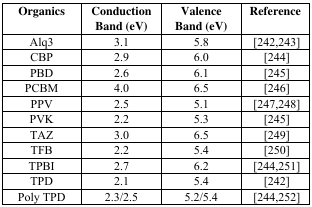
| Organics | Conduction Band (eV) | Valence Band (eV) | Reference |
 | --- | --- | --- | --- |
 | Alq3 | 3.1 | 5.8 | [242,243] |
 | CBP | 2.9 | 6.0 | [244] |
 | PBD | 2.6 | 6.1 | [245] |
 | PCBM | 4.0 | 6.5 | [246] |
 | PPV | 2.5 | 5.1 | [247,248] |
 | PVK | 2.2 | 5.3 | [245] |
 | TAZ | 3.0 | 6.5 | [249] |
 | TFB | 2.2 | 5.4 | [250] |
 | TPBI | 2.7 | 6.2 | [244,251] |
 | TPD | 2.1 | 5.4 | [242] |
 | Poly TPD | 2.3/2.5 | 5.2/5.4 | [244,252] |